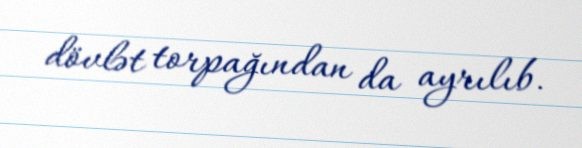
dövlət torpağından da ayrılıb.